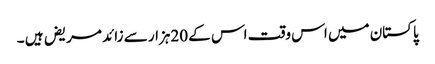
پاکستان میں اس وقت اس کے 20ہزار سے زائد مریض ہیں ۔